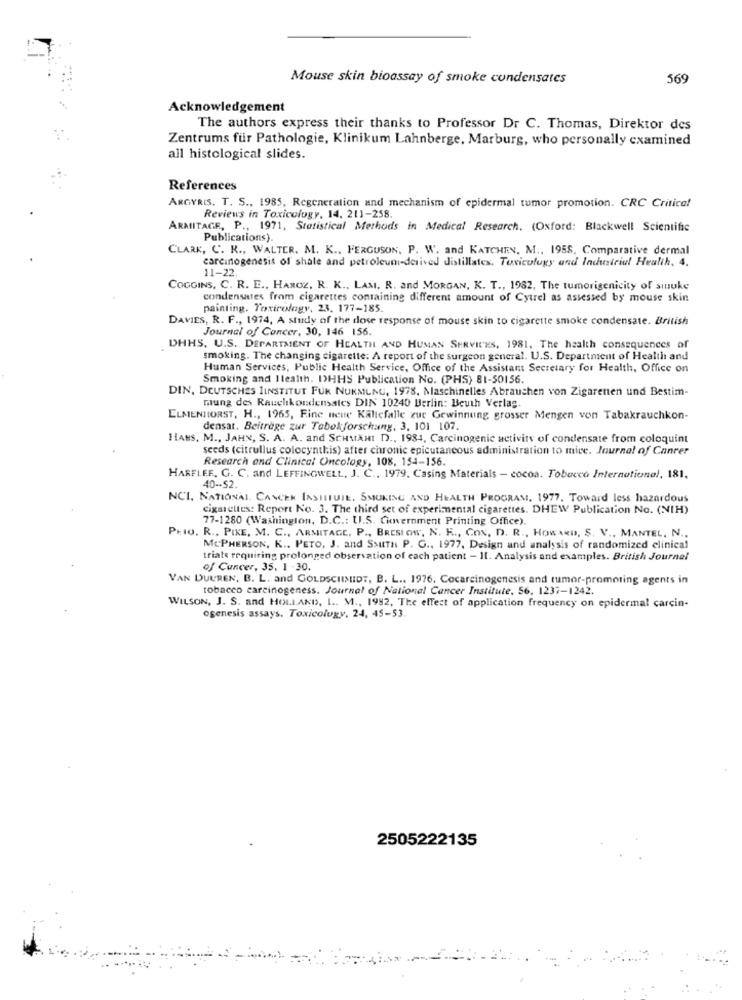
Mouse skin bioassay of smoke condensates
569
Acknowledgement
The authors express their thanks to Professor Dr C. Thomas, Direktor des
Zentrums für Pathologie, Klinikum Lahnberge, Marburg, who personally examined
all histological slides.
References
ARGYRIS. T. S ., 1985, Regeneration and mechanism of epidermal tumor promotion. CRC Critical
Reviens in Toxicology. 14. 211-258.
ARMITAGE, P ., 1971, Statistical Methods in Medical Research. (Oxford: Blackwell Scientific
Publications).
CLARK, C. K ., WALTER. M. K ., FERGUSON. P. W. and KATCHEN. M ., 1958. Comparative dermal
carcinogenesis of shale and petroleumi-derived Jistillates. Toxicology and Industrial Health, 4.
11-22.
COGGINS, C. R. E ., HANOZ, R. K ., LAM. R. and MORGAN, K. T ., 1982, The tumorigenicity of sinuke
condensates from cigarettes containing different amount of Cytrel as assessed by mouse skin
painting. Toxicology, 23. 177-185
DAVIES, R. F ., 1974, A study of the dose response of mouse skin to cigarette smoke condensate. British
Journal of Cancer, 30, 146 156.
DHHS. U.S. DEPARTMENT OF HEALTH AND HUMAN SERVICES, 1981. The health consequences of
smoking. The changing cigarette: A report of the surgeon general. U.S. Department of Health and
Human Services, Public Health Service, Office of the Assistant Secretary for Health, Office on
Smoking and Itealth. IHHS Publication No. (PHS) 81-50156.
DIN, DEUTSCHES IINSTITUT FUR NUKMLNG, 1978, Maschinelles Abrauchen von Zigarenen und Bestim-
mung des Rauchkondensates DIN 10240 Berlin: Beuth Verlag.
ELMENNIORST, H ., 1965, Fine neue Kalicfalle zur Gewinnung grosser Mengen von Tabakrauchkon-
densat. Beiträge zur Tobekforschung, 3, 101 107.
HANS. M ., JAHN, S. A. A. and SCHMANI D ., 1984, Carcinogenic activity of condensate from coloquint
seeds (citrullus colocynthis) after chronic epicutaneous administration to mice. Journal of Cancer
Research and Clinical Oncology, 108, 154-156
HARFLEE. G. C. and LEFFINGWELL, J. C ., 1979. Casing Materials - cocoa. Tobacco International, 181.
40-S2.
NCI, NATIONAL CANCER INSTITUTE, SMOKING AND HEALTH PROGRAMI, 1977. Toward less hazardous
cigarettes: Report No. 3. The third set of experimental cigarettes. DHEW Publication No. (NIH)
77-1280 (Washington, D.C .: U.S. Ckvernment Printing Office).
Prio. R ., PIKE, M. C ., ARMITAGE, P ., BRESI OW, N. K ., CON, D. R ., HOWARD, S. V ., MANTEL, N ..
MCPHERSON, K .. PETO, J. and SsuTH P. G ., 1977, Design and analysis of randomized clinical
triate requiring prolonged observation of each patient - Il. Analysis and examples. British Journal
of Cancer, 35. 1 30.
VAN DUUREN, B. L. and GOLDSCHMIDT, B. L .. 1976. Cocarcinogenesis and tumor-promoting agents in
tobacco carcinogeness. Journal of National Cancer Institute, 56, 1237-1242.
WILSON, J. S. and HOLLAND, I .. M ., 1992, The effect of application frequency on epidermal carcin-
ogenesis assays. Toxicology, 24, 45-53.
2505222135